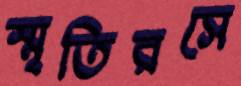
স্মৃতিরসে